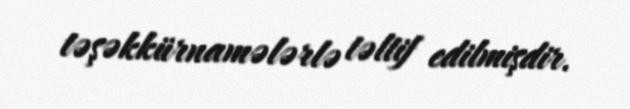
təşəkkürnamələrlə təltif edilmişdir.